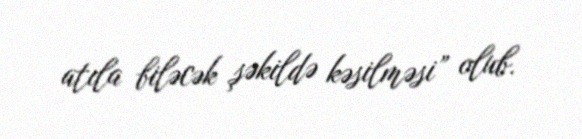
atıla biləcək şəkildə kəsilməsi” olub.